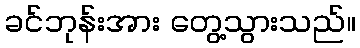
ခင်ဘုန်းအား တွေ့သွားသည်။